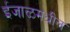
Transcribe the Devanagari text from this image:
ईजाळमधील